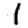
Digit: 1